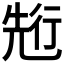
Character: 𠒣